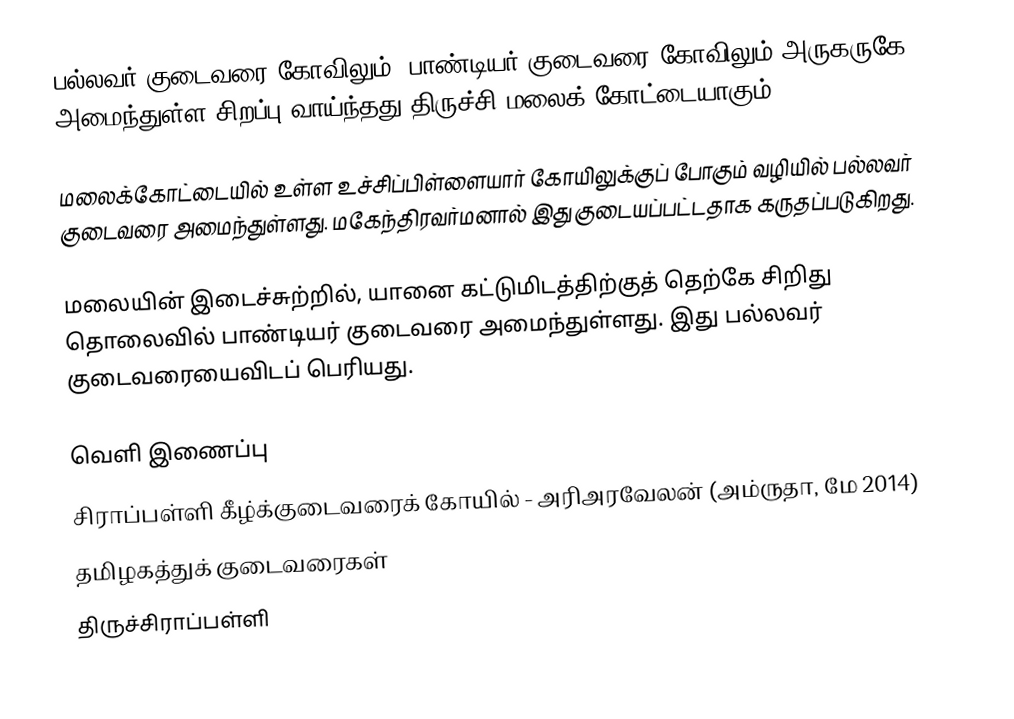
பல்லவர் குடைவரை கோவிலும், பாண்டியர் குடைவரை கோவிலும் அருகருகே அமைந்துள்ள சிறப்பு வாய்ந்தது திருச்சி மலைக் கோட்டையாகும்.

மலைக்கோட்டையில் உள்ள உச்சிப்பிள்ளையார் கோயிலுக்குப் போகும் வழியில் பல்லவர் குடைவரை அமைந்துள்ளது. மகேந்திரவர்மனால் இது குடையப்பட்டதாக கருதப்படுகிறது.

மலையின் இடைச்சுற்றில், யானை கட்டுமிடத்திற்குத் தெற்கே சிறிது தொலைவில் பாண்டியர் குடைவரை அமைந்துள்ளது. இது பல்லவர் குடைவரையைவிடப் பெரியது.

வெளி இணைப்பு
சிராப்பள்ளி கீழ்க்குடைவரைக் கோயில் - அரிஅரவேலன் (அம்ருதா, மே 2014)
தமிழகத்துக் குடைவரைகள்
திருச்சிராப்பள்ளி